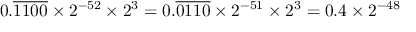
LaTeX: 0 . { \overline { { 1 1 0 0 } } } \times 2 ^ { - 5 2 } \times 2 ^ { 3 } = 0 . { \overline { { 0 1 1 0 } } } \times 2 ^ { - 5 1 } \times 2 ^ { 3 } = 0 . 4 \times 2 ^ { - 4 8 }